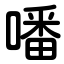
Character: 噃